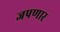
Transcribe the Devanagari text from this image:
जपणार